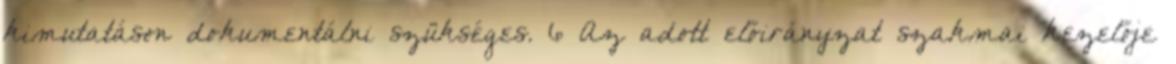
kimutatáson dokumentálni szükséges. 6 Az adott előirányzat szakmai kezelője